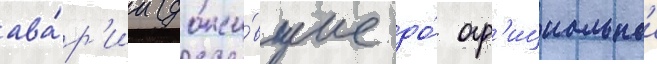
ава́р'ии (дожи́вшие до́ оф'ициальнои